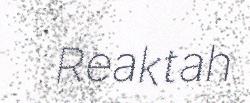
Reaktah